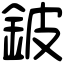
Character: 鈹